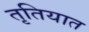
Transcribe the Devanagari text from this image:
तृतियात